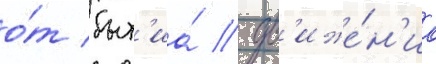
о́т быт'иа́ / дв'иже́н'иа